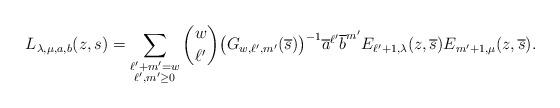
LaTeX: \begin{align*}L_{\lambda,\mu,a,b}(z,s) = \sum_{\substack{\ell'+m'=w\\\ell',m' \geq 0}}\binom{w}{\ell'} \bigl(G_{w,\ell',m'}(\overline{s})\bigr)^{-1}\overline{a}^{\ell'} \overline{b}^{m'}E_{\ell'+1,\lambda}(z,\overline{s}) E_{m'+1,\mu}(z,\overline{s}).\end{align*}